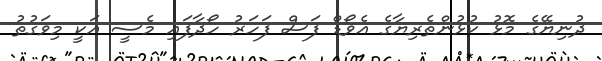
ދުނިޔޭގެ މޮޅު ކުޅުންތެރިޔާގެ އެވޯޑް ފަސް ފަހަރު ހޯދާފައި މެސީ އަކީ މިވަގުތު